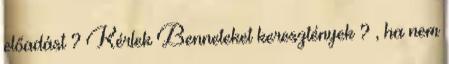
előadást ? Kérlek Benneteket keresztények ? , ha nem